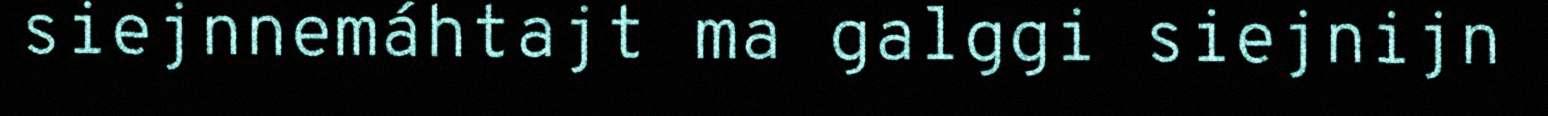
siejnnemáhtajt ma galggi siejnijn